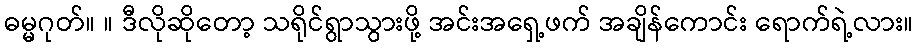
ဓမ္မဂုတ်။ ။ ဒီလိုဆိုတော့ သရိုင်ရွာသွားဖို့ အင်းအရှေ့ဖက် အချိန်ကောင်း ရောက်ရဲ့လား။